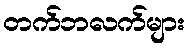
တက်ဘလက်များ